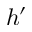
h ^ { \prime }